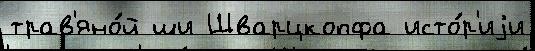
трав'яно́й ши Шварцкопфа исто́р'иjи